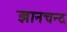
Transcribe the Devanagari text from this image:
ज्ञानचन्द